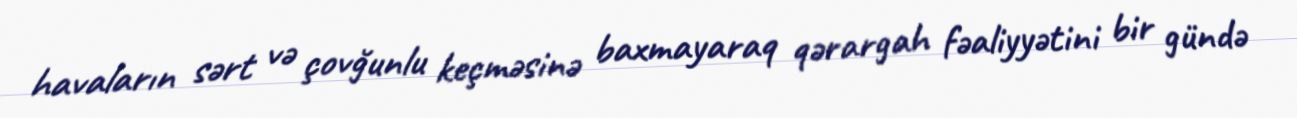
havaların sərt və çovğunlu keçməsinə baxmayaraq qərargah fəaliyyətini bir gündə